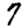
Digit: 7